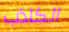
الكاذب